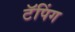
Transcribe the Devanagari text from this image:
टॅपिंग